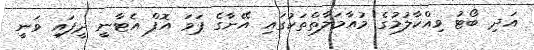
އަދި ބޯޓު ވިއްކާލުމުގެ މުއާމަލާތްތަކުގައި އޭނާގެ ޕަވަ އޮފް އެޓާނީ ދީފައި ވަނީ